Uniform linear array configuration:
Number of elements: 48
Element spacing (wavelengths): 0.5
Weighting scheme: kaiser
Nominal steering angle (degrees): -60
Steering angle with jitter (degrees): -58.326
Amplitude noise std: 0.05
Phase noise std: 0.05

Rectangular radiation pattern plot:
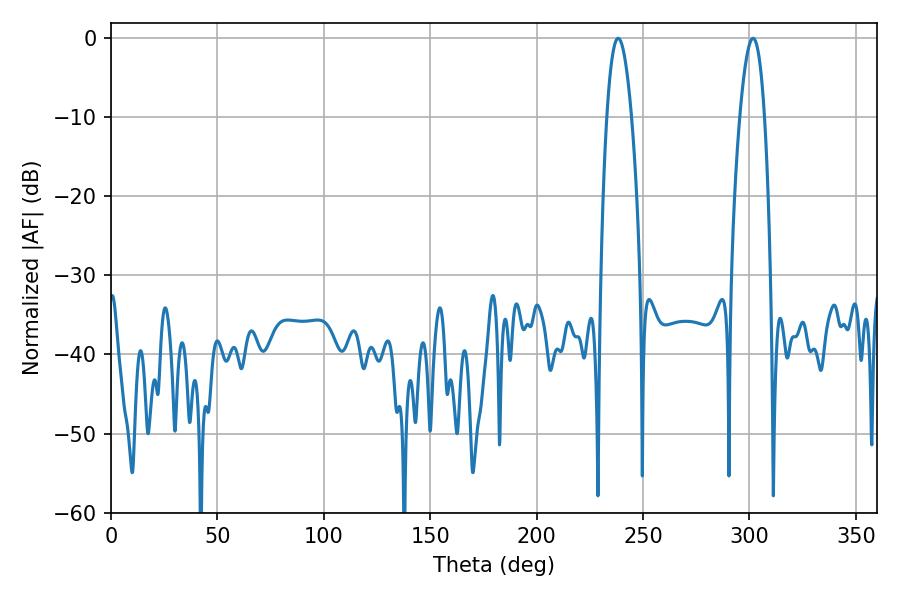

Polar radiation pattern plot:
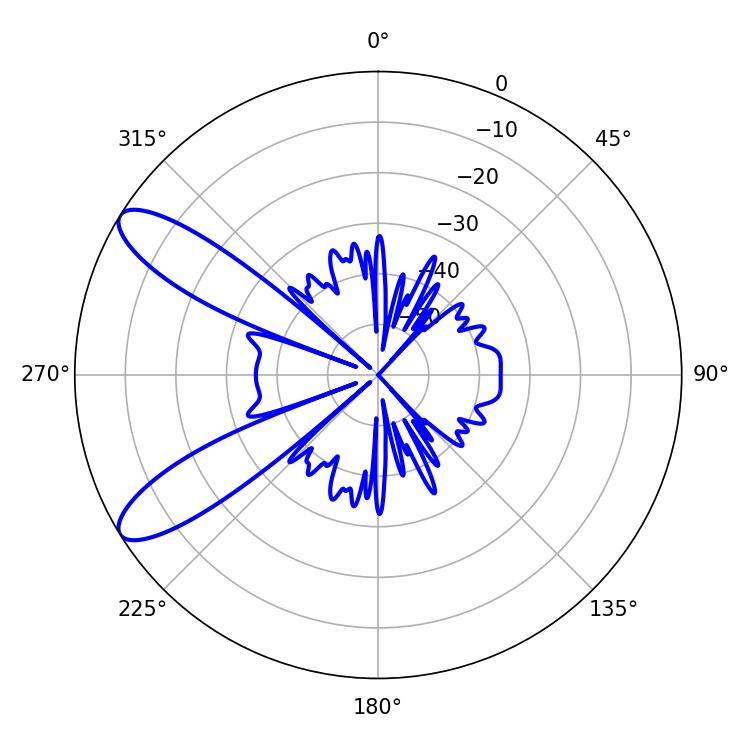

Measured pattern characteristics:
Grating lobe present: FALSE
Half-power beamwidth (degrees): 6.3
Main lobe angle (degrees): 238.32